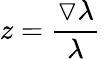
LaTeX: z=\frac{\triangledown\lambda}{\lambda}